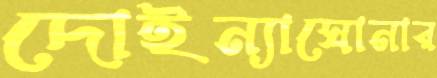
দোইন্যাঘোনার